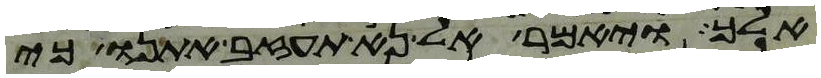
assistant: אלך ויאמר אל נא תעזב אתנו כי